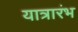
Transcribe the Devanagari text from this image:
यात्रारंभ